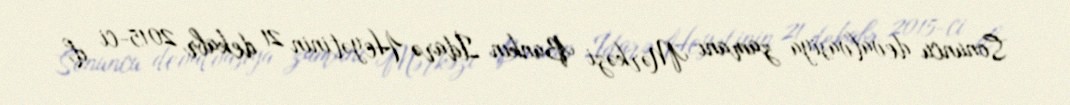
Sonuncu devalvasiya zamanı Mərkəzi Bankın İdarə Heyətinin 21 dekabr 2015-ci il